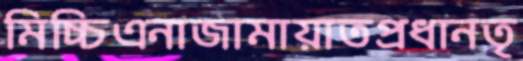
মিচ্চিএনাজামায়াতপ্রধানতৃ